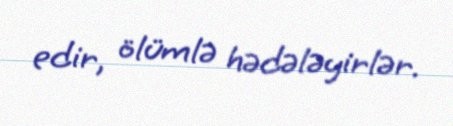
edir, ölümlə hədələyirlər.